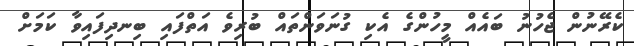
ކެރޭނުން ޖެހުނު ބައެއް މީހުންގެ އެކި ގުނަވަންތައް ބުރިވެ އަތްފައި ބިނދިފައިވާ ކަމަށް